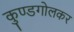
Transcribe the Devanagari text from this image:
कुण्डगोलकर